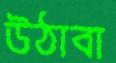
উঠাবা